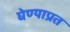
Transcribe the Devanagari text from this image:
घेण्याप्रत